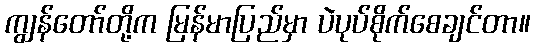
ကျွန်တော်တို့က မြန်မာပြည်မှာ ပဲပုပ်စိုက်စေချင်တာ။